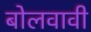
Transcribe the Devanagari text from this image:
बोलवावी